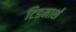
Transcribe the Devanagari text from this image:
टिडमार्श